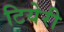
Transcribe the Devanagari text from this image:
टियेरी